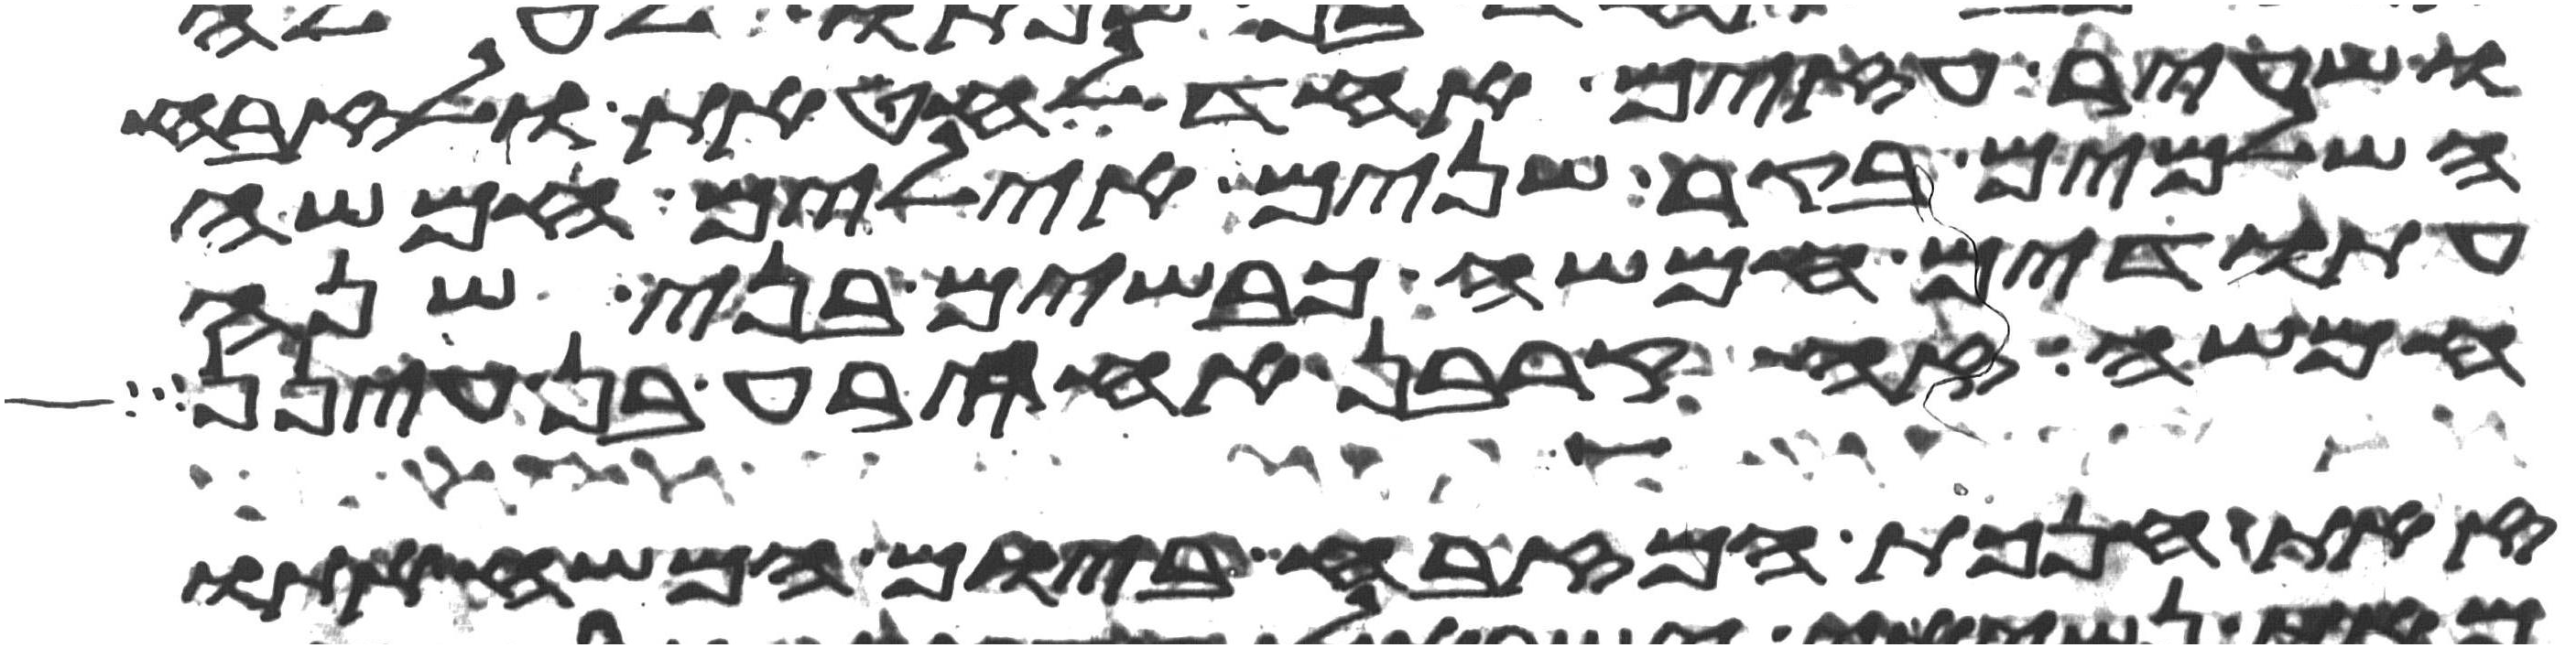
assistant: ושעיר עזים אחד לחטאת ולזבח
השלמים בקר שנים אילים חמשה
עתודים חמשה כבשים בני שנה
חמשה זה קרבן אחירע בן עינן
זאת חנכת המזבח ביום המשיח אתו